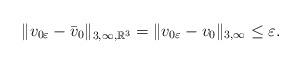
LaTeX: \begin{align*}\|v_{0\varepsilon}-\bar v_0\|_{3,\infty,\mathbb R^3}=\|v_{0\varepsilon}-v_0\|_{3,\infty}\leq\varepsilon.\end{align*}